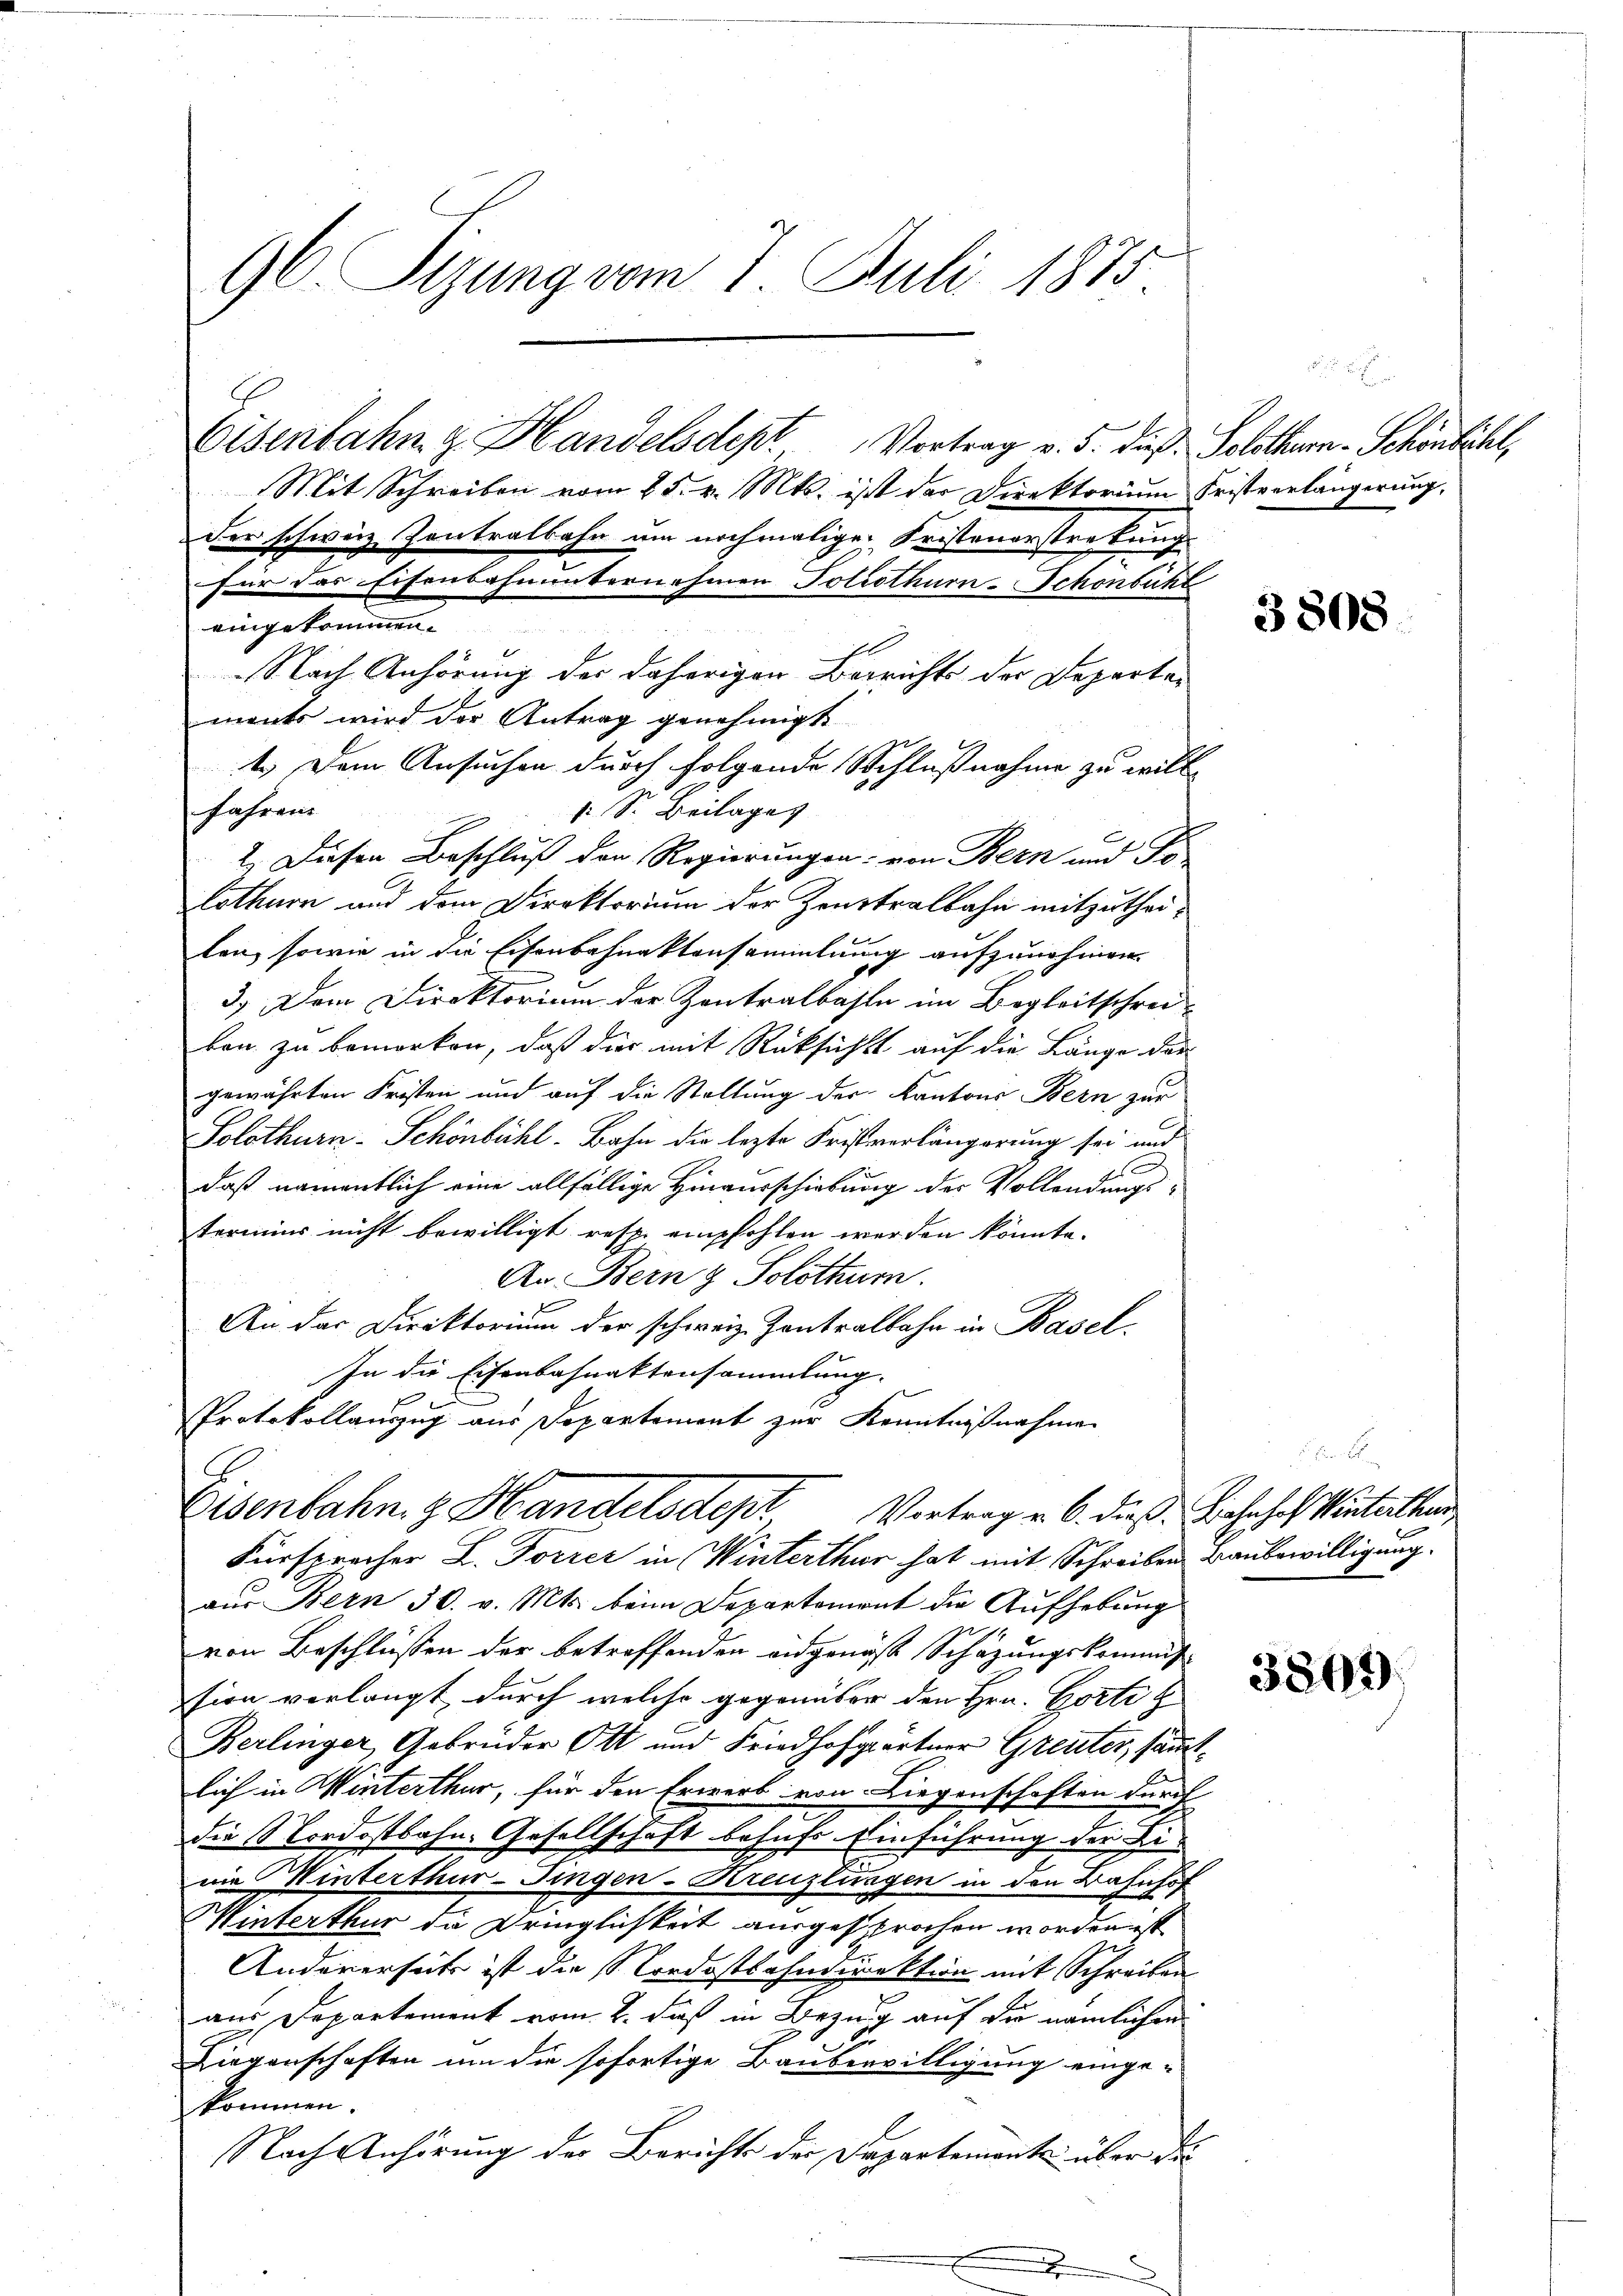
96. Sizung vom 7. Juli 1875.

Eisenbahn & Handelsdept Vortrag v. 5. dieß. Solothurn-Schönbühl,
Mit Schreiben vom 25. v. Mts. ist der Direktorium Fristverlängerung,

Nach Anhörung der daherigen Berichts der Departements wird der Antrag genehmigt
1.) Dem Ansuchen durch folgende Schlußnahme zu willfahren
f. S. Beilages
2). Diesen Beschluß den Regierungen: von Bern und To-
lothurn und dem Direktorium der Zentralbahn mitzutheilen, sowie in die Eisenbahnaktensammlung aufzunehmen.
3.) Dem Direktorium der Zentralbahn im Begleitschrei-
ben zu bemerken, daß dies mit Rücksicht auf die Länge der
gewährten Fristen und auf die Stellung des Kantons Bern zur
Solothurn-Schönbühl. Bahn die lezte Fristverlängerung sei und
2
daß namentlich eine allfällige Hinaurschiebung der Vollendungstermins nicht bewilligt resp. empfohlen werden könnte.
An Bern & Solothur.
An das Direktorium der schweiz. Kontralbahn in Basel.
In die Eisenbahnaktensammlung.
Protokollauszug aus Departement zur Kenntnißnahmen
Eisenbahn z. Handelsdept Vortrag v. 6. die Bahnhof inteilten
Fürspracher L. Forrer in Winterthur hat mit Schreiben Baubewilligung.
aus Bern 30. v. Mts. beim Departement die Aufhebung
von Beschlüssen der betreffenden eidgenöß Schazungskommis
sion verlangt, durch welche gegenüber den Hrn. Corte h
Berlinger, Gebrüder Ott und Friedhofgärtner Greuter, sämmtlich in Winterthur, für den Erwerb von Liegenschaften durch
die Nordostbahn. Gesellschaft behufs Einführung der Li
nie Winterthur-Fingen-Kreuzlingen in den Bahnhof
Winterthur die Dringlichkeit ausgesprochen worden ist
Andererseits ist die Nordostbahndirektion mit Schreiben
aus Departement vom 2. daß in Bezug auf die nämlichen
Liegenschaften um die sofortige Bauberwilligung einge-
kommen.
Nach Anhörung der Berichts der Departements über die

eingekommen.

der schweiz. Kontralbahn um nochmalige Fristenerstreckung
für das Eisenbahnunternehmen Poliothurn-Schönbühl

3808

12. M

3869